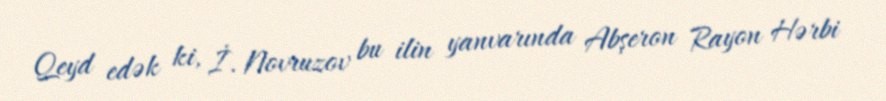
Qeyd edək ki, İ. Novruzov bu ilin yanvarında Abşeron Rayon Hərbi